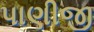
પાણીજી